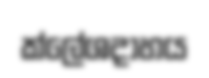
ක්ලේශදාහය